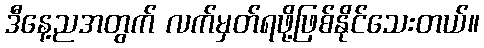
ဒီနေ့ညအတွက် လက်မှတ်ရဖို့ဖြစ်နိုင်သေးတယ်။